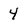
Character: 4